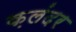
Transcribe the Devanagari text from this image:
क़लंदर